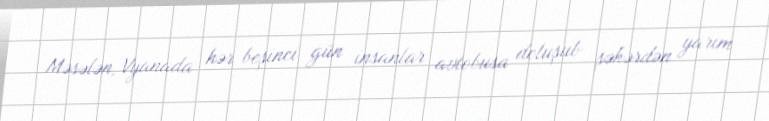
Məsələn, Vyanada hər beşinci gün insanlar avtobusa doluşub şəhərdən yarım